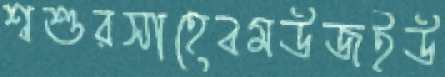
শ্বশুরসাহেবমউজইউ